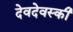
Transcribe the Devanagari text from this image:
देवदेवस्की